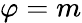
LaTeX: \varphi=m